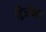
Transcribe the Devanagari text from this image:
ट्रिऑम्फ़